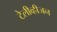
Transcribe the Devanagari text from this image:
टेलीव्हीजन